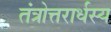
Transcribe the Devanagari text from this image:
तंत्रोत्तरार्धस्य